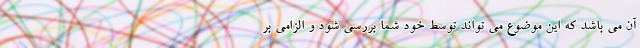
آن می باشد که این موضوع می تواند توسط خود شما بررسی شود و الزامی بر